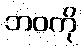
ဘဝကို